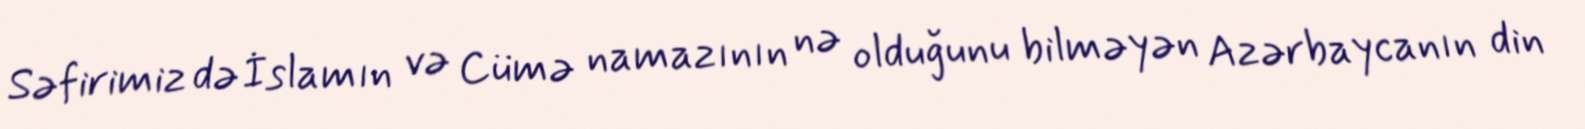
Səfirimiz də İslamın və Cümə namazının nə olduğunu bilməyən Azərbaycanın din